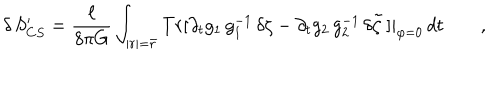
\delta \, S _ { C S } ^ { \prime } = \frac \ell { 8 \pi G } \int _ { | r | = \bar { r } } T r [ \partial _ { t } g _ { 1 } \, g _ { 1 } ^ { - 1 } \, \delta \zeta - \partial _ { t } g _ { 2 } \, g _ { 2 } ^ { - 1 } \, \delta \tilde { \zeta } \, ] | _ { \varphi = 0 } \, d t \qquad ,